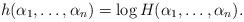
LaTeX: \begin{align*}h(\alpha_1,\ldots,\alpha_n)=\log H(\alpha_1,\ldots,\alpha_n).\end{align*}